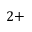
2 +